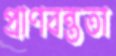
প্রাণবন্ততা